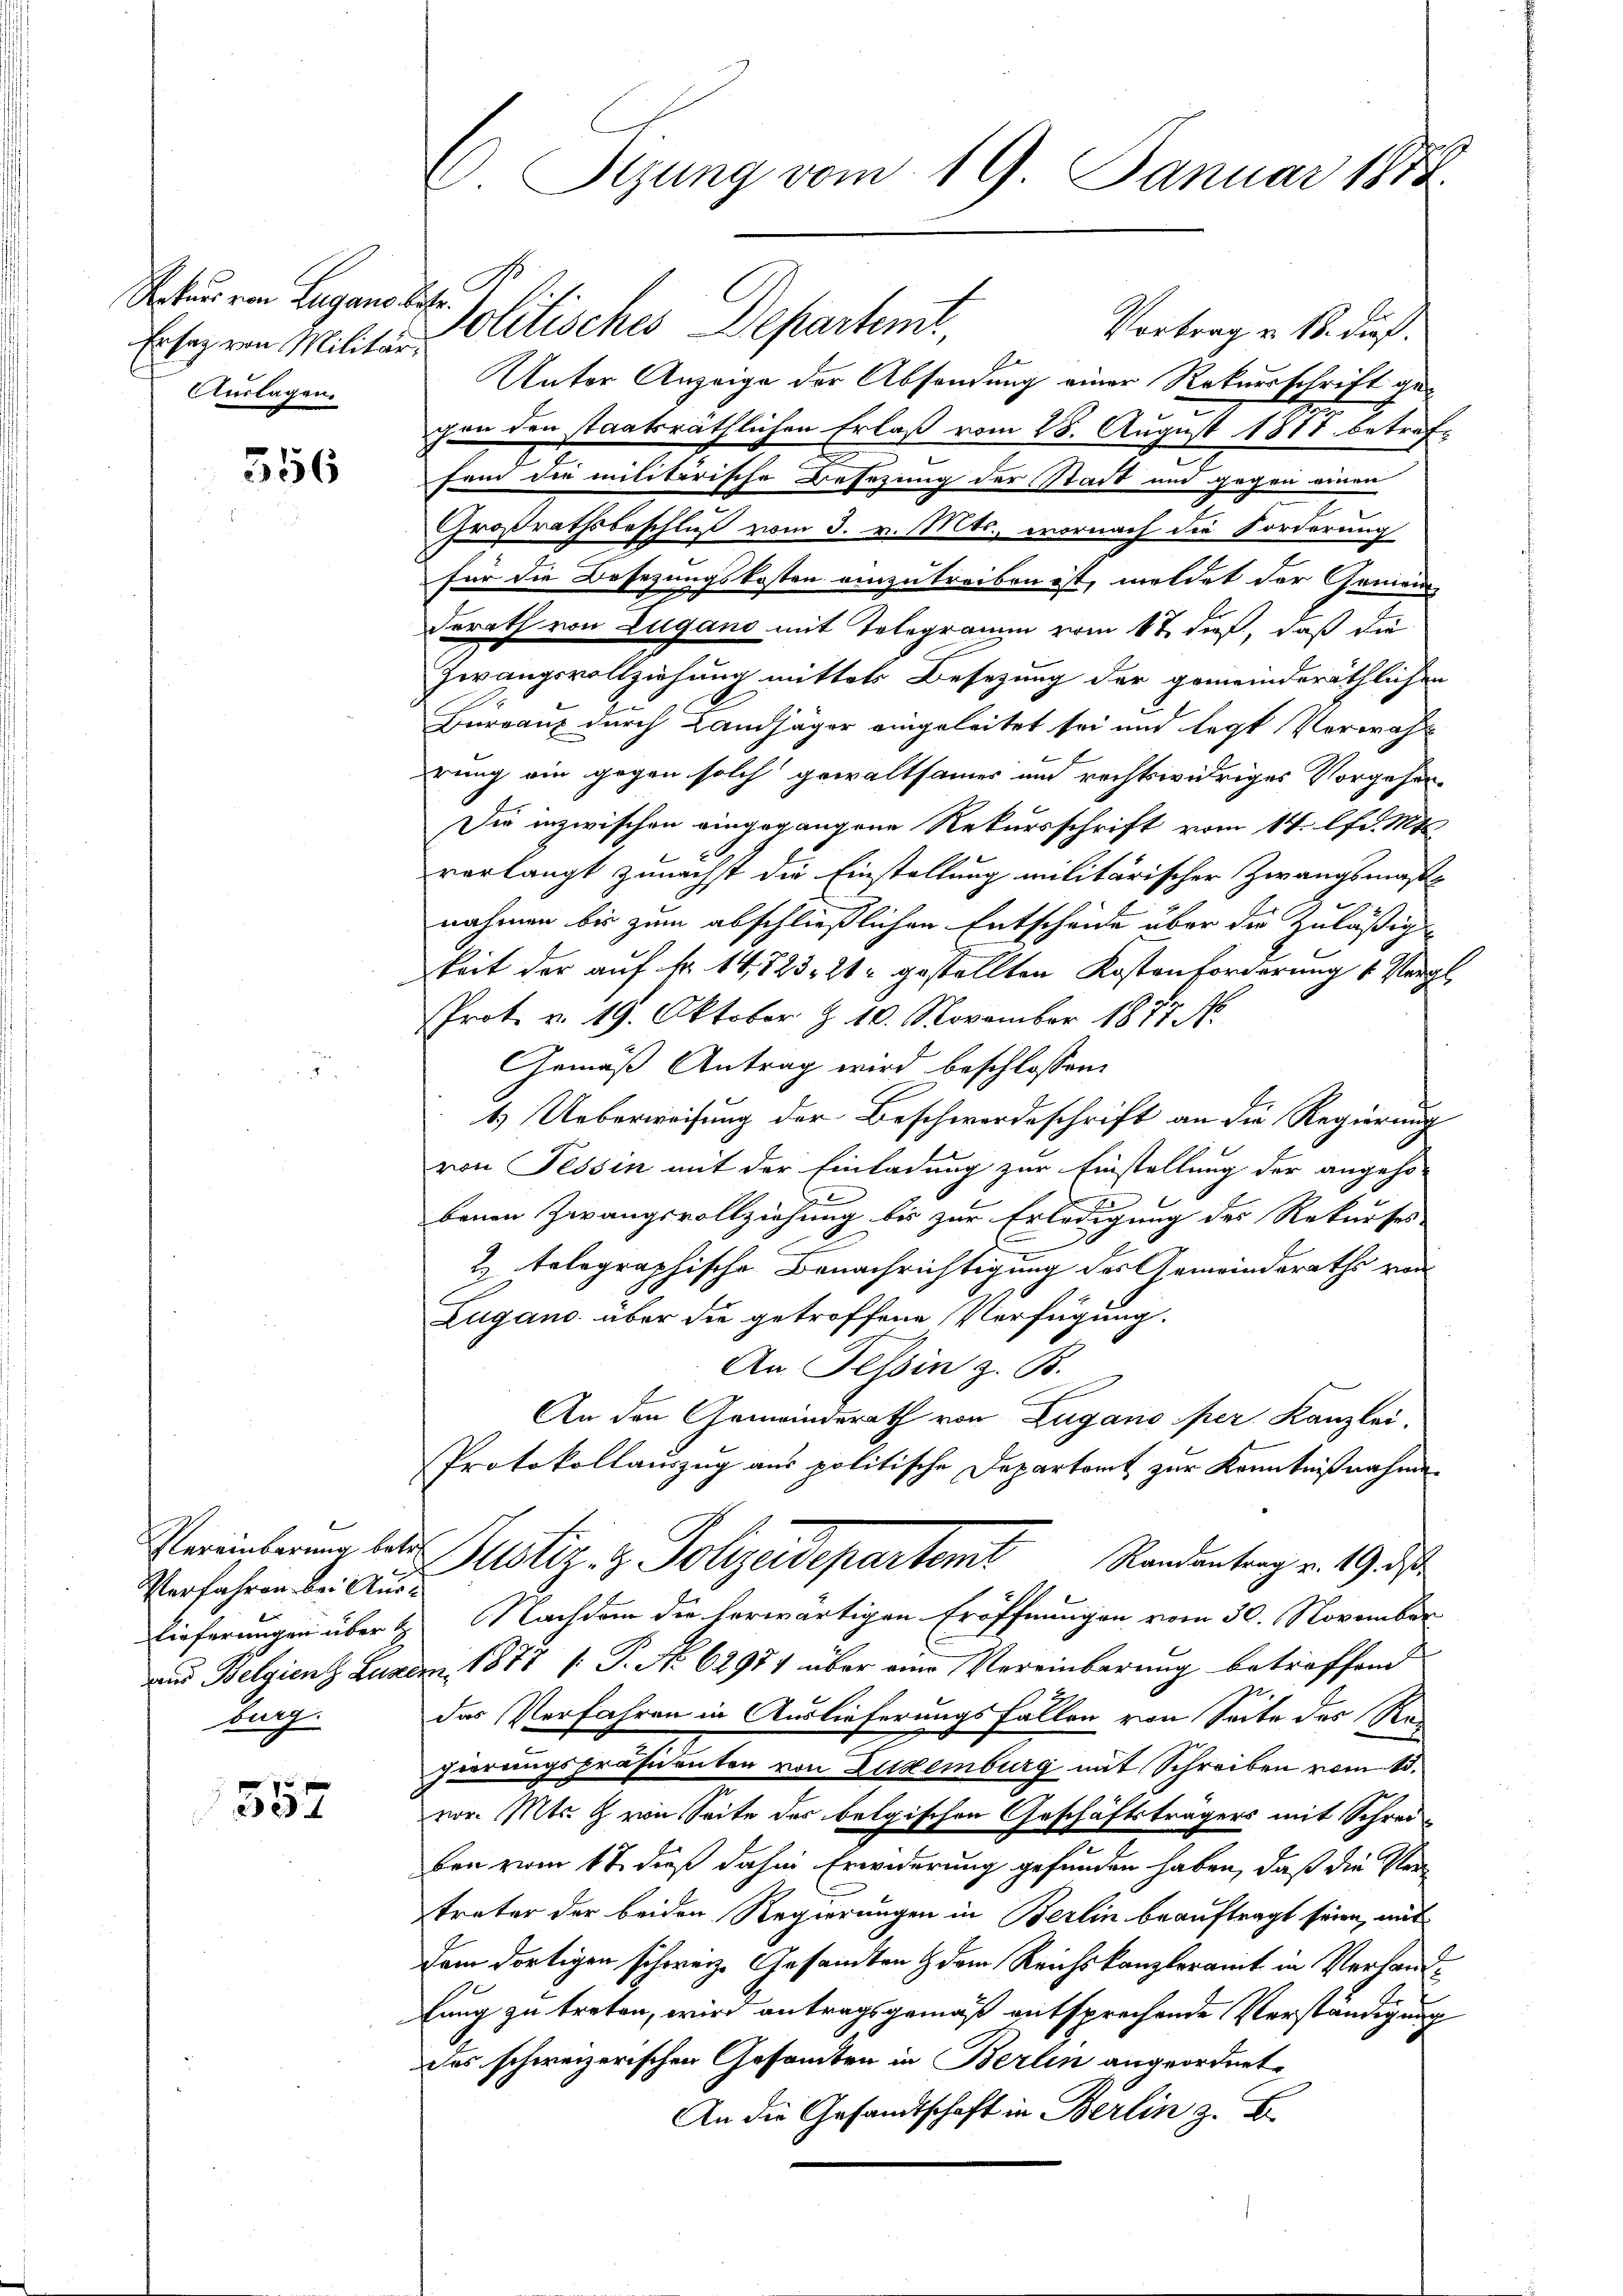
Rekurs von Zugano betr.
Ersaz von Militär¬
Auslagen

556

Verfahren bei Aus¬
Zug.

552

E Sizung vom 19. Januar 1874.

Politisches Departemt,
Vortrag v. 18. dieß.
A.
Unter Anzeige der Absendung einer Rekursschrift gegen den staatsräthlichen Erlaß vom 28. August 1871 betreffend die militarische Besetzung der Stadt und gegen einen
Großrathsbeschluß vom 3. v. Mts., wornach die Forderung
für die Besetzungskosten einzutreiben ist, meldet der Gemeinderath von Lugano mit Telegramm vom 1t dieß, daß die
Zwangsvollziehung mittels Besetzung der gemeinderäthlichen
Burgau durch Landjäger eingeleitet sei und legt Verwahl
erung ein gegen solch gewaltsamer und rechtswidriges Vorgehen
Die inzwischen eingegangene Rekursschrift vom 14. lfd. Mt
verlangt zunächst die Einstellung militärischer Zwangsmaß
nahmen bis zum abschließlichen Entscheide über die zuläßig
keit der auf Fr. 14,723. 212 gestellten Kostenforderung 4 Pergl
Prot. v. 19. Oktober § 10. November 1877
Gemäß Antrag wird beschlossen:
t) Ueberweisung der Beschwerdeschrift an die Regierung
von Tessin mit der Einladung zur Einstellung der angeho
benen Zwangsvollziehung bis zur Erledigung des Rekurses
b
 telegraphische Benachrichtigung des Gemeindsraths von
Zugano über die getroffene Verfügung.
An Tessin z. B.
An den Gemeinderath von Zugano per Kanzlei-
Protokollauszug aus politische Departamt zur Kenntnißnahme
Vereinbarung betr. Justiz- & Polizeidepartemt Randentrag v. 19 des
Lieferungen über & Nachdem die herwärtigen Eröffnungen vom 30. November
aus Belgien Luzem. 1877 [ P. No 62971 über eine Vereinbarung betreffend
72.
das Verfahren in Auslieferungsfallen von Seite des Regierungspräsidenten von Luxenburg mit Schreiben vom 15.
vor. Mts. Z. von Seite des belgischen Geschäftsträgers mit Schrei-
ben vom 17. dieß dahin Erwiderung gefunden haben, daß die Ver
träter der beiden Regierungen in Berlin beauftragt seien, mit
dem dortigen schweiz. Gesandten & dem Reichskanzleramt in Verhandlung zu treten, wird antragsgemäß entsprechende Verständigung
das schweizerischen Gesamten in Berlin angeordnet,
An die Gesandtschaft in Berlin z. B.